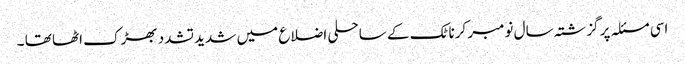
اسی مسئلہ پر گزشتہ سال نومبر کرناٹک کے ساحلی اضلاع میں شدید تشدد بھڑک اٹھا تھا ۔